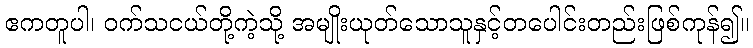
ဧကတူပါ၊ ဝက်သငယ်တို့ကဲ့သို့ အမျိုးယုတ်သောသူနှင့်တပေါင်းတည်းဖြစ်ကုန်၍။